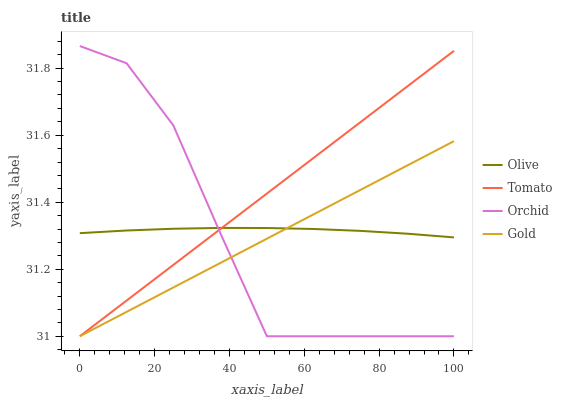
| xaxis_label | Olive | Tomato | Orchid | Gold |
 | --- | --- | --- | --- | --- |
 | 0 | 31.3 | 31 | 31.9 | 31 |
 | 12.5 | 31.3 | 31.1 | 31.8 | 31.1 |
 | 25 | 31.3 | 31.2 | 31.6 | 31.1 |
 | 37.5 | 31.3 | 31.3 | 31.3 | 31.2 |
 | 50 | 31.3 | 31.4 | 31 | 31.3 |
 | 62.5 | 31.3 | 31.5 | 31 | 31.4 |
 | 75 | 31.3 | 31.6 | 31 | 31.4 |
 | 87.5 | 31.3 | 31.7 | 31 | 31.5 |
 | 100 | 31.3 | 31.9 | 31 | 31.6 |